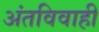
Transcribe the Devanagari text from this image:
अंतविवाही